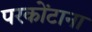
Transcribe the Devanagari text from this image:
परकोंटाना